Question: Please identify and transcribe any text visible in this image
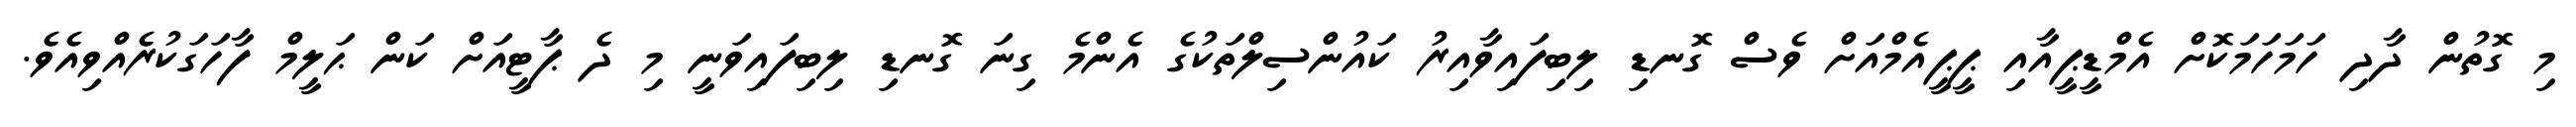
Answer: މި ގޮތުން ދާދި ހަމަހަމަކޮށް އެމްޑީޕީއާއި ޕީޕީއެމްއަށް ވެސް ގޮނޑި ލިބިފައިވާއިރު ކައުންސިލްތަކުގެ އެންމެ ގިނަ ގޮނޑި ލިބިފައިވަނީ މި ދެ ޕާޓީއަށް ކަން ޙަލީމް ފާހަގަކުރެއްވިއެވެ.